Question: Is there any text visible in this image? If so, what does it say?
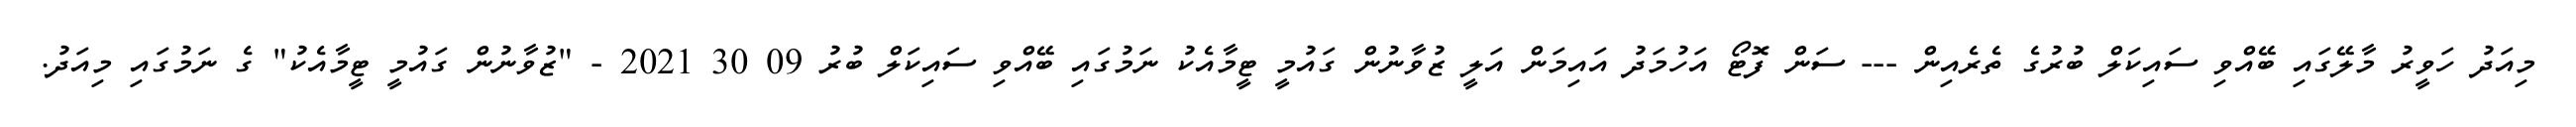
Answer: މިއަދު ހަވީރު މާލޭގައި ބޭއްވި ސައިކަލް ބުރުގެ ތެރެއިން --- ސަން ފޮޓޯ އަހުމަދު އައިމަން އަލީ ޒުވާނުން ގައުމީ ޓީމާއެކު ނަމުގައި ބޭއްވި ސައިކަލް ބުރު 09 30 2021 - "ޒުވާނުން ގައުމީ ޓީމާއެކު" ގެ ނަމުގައި މިއަދު.